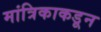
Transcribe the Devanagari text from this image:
मांत्रिकाकडून